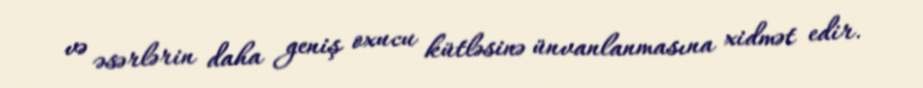
və əsərlərin daha geniş oxucu kütləsinə ünvanlanmasına xidmət edir.